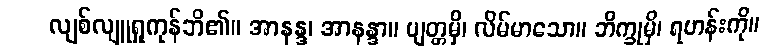
လျစ်လျူရှုကုန်ဘိ၏။ အာနန္ဒ၊ အာနန္ဒာ။ ဗျတ္တမှိ၊ လိမ်မာသော။ ဘိက္ခုမှိ၊ ရဟန်းကို။